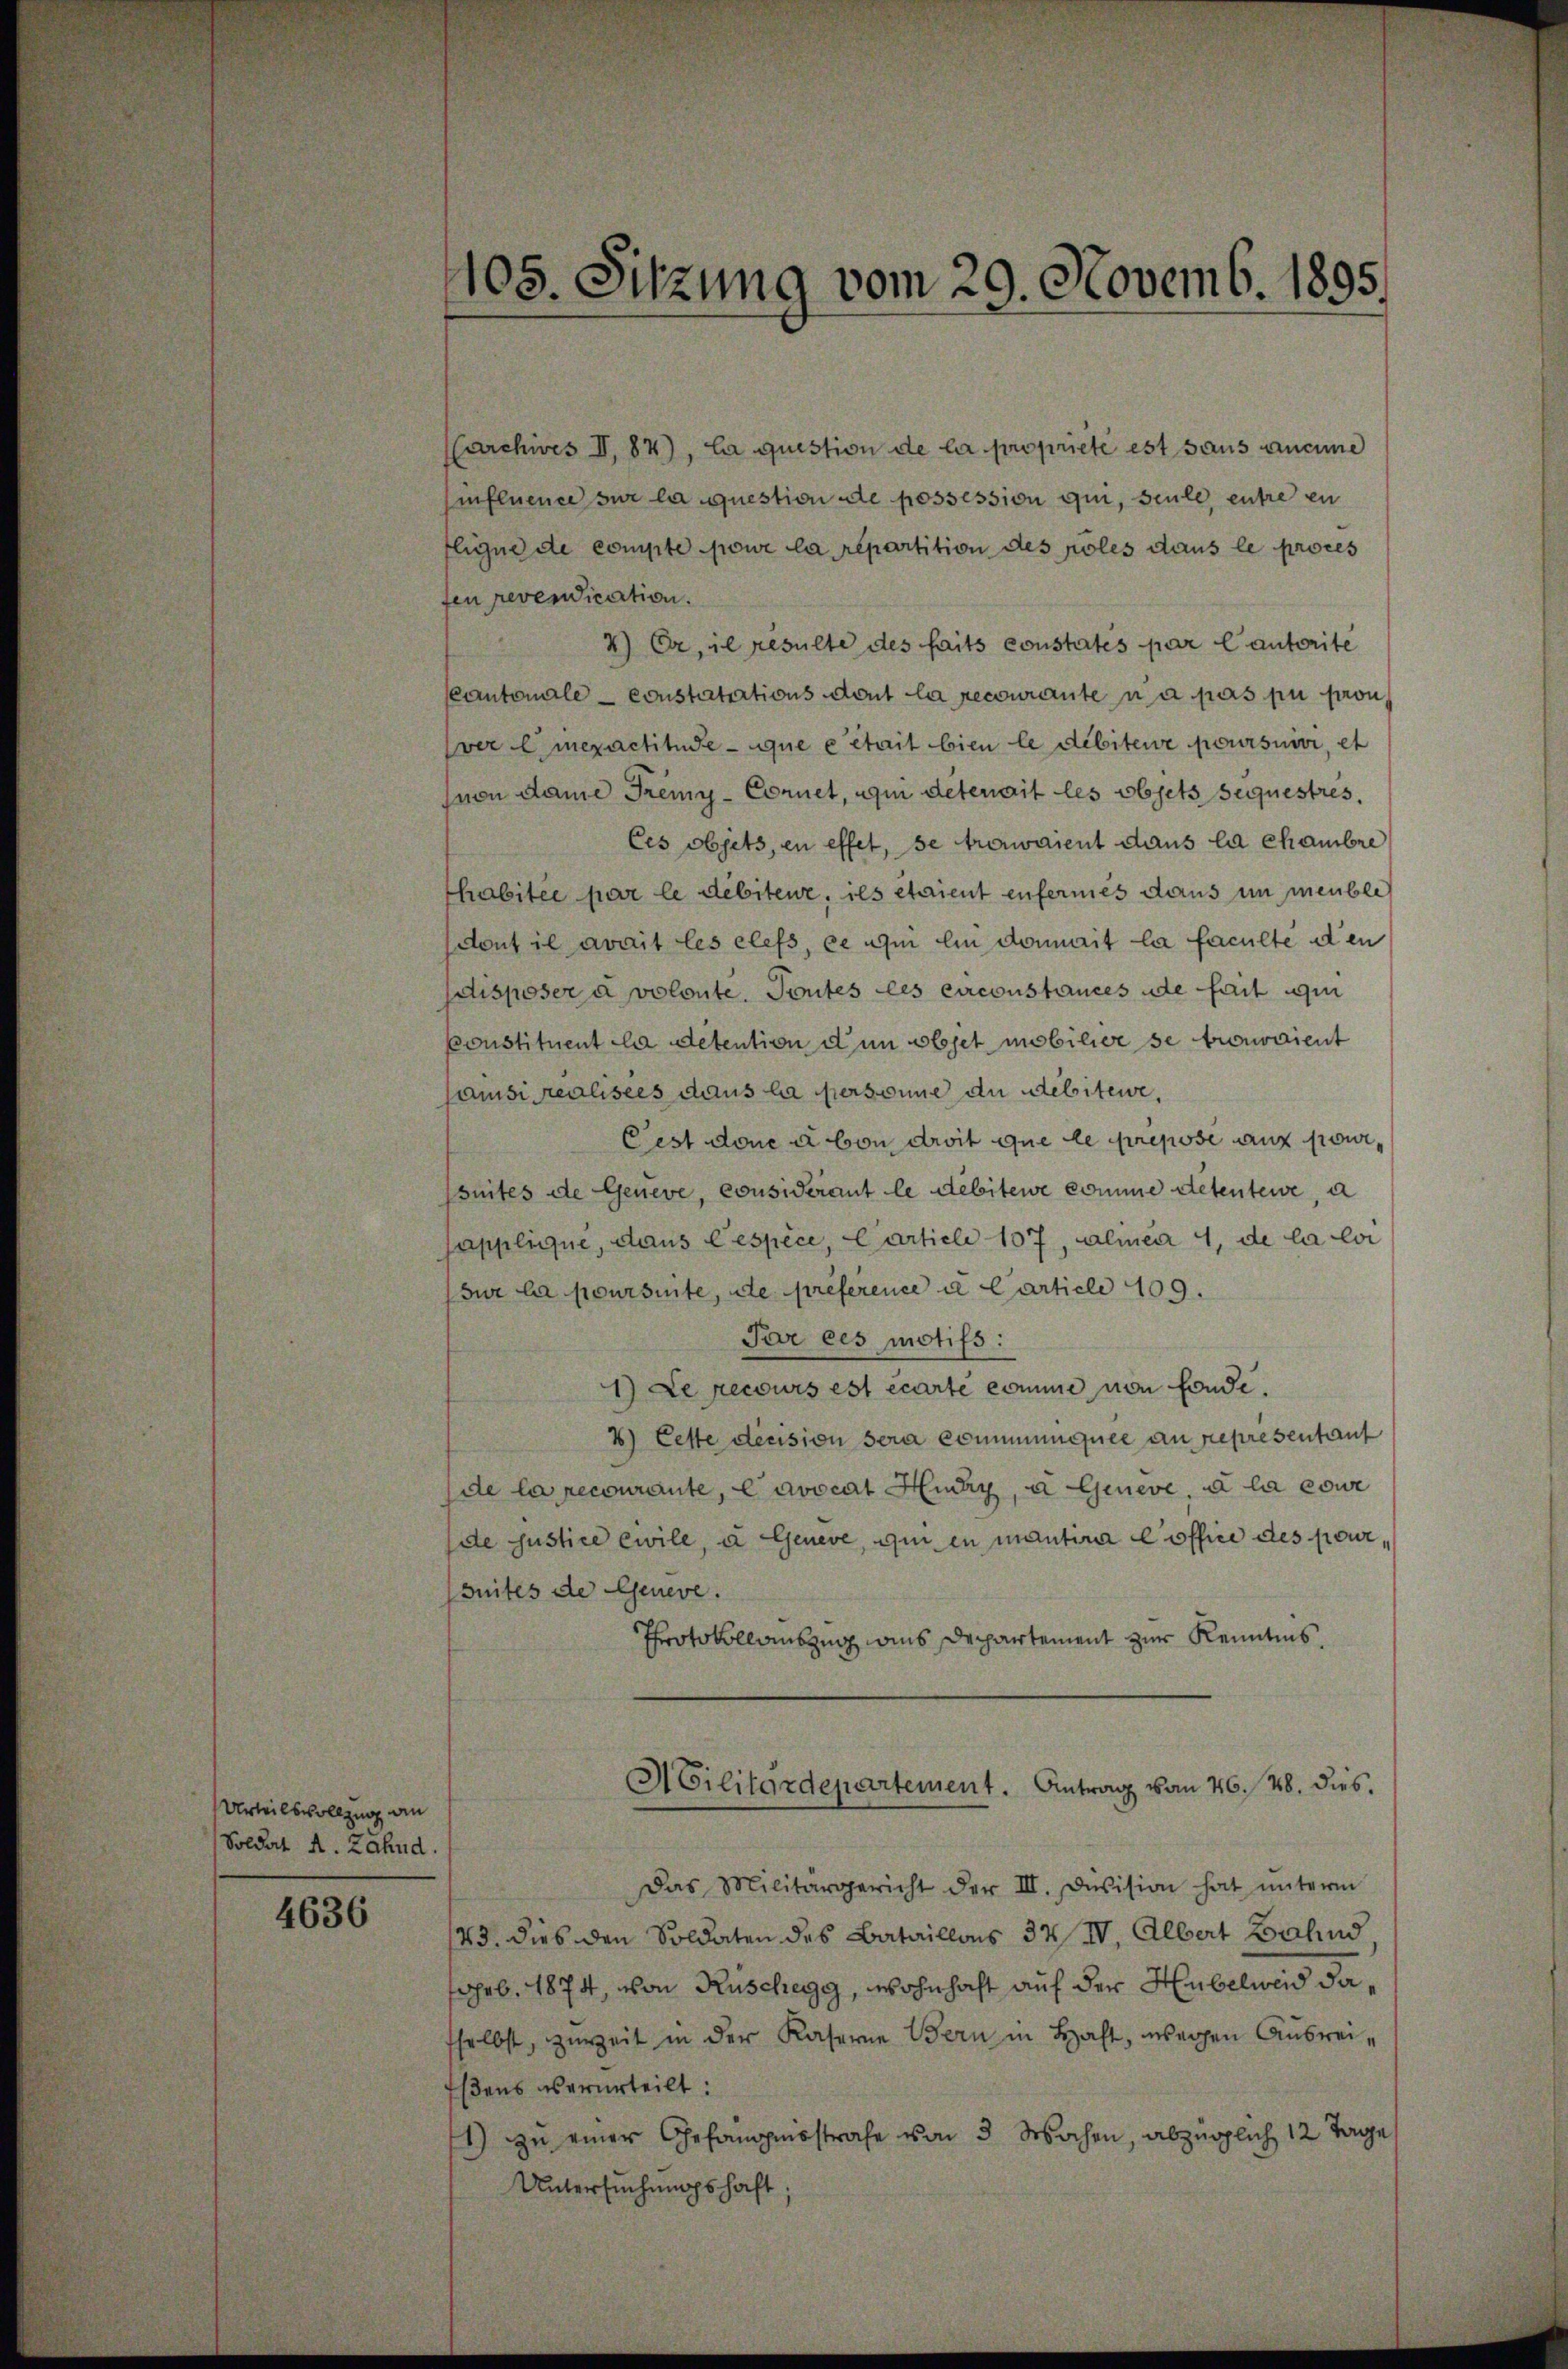
Urteilsvollzug an
Soldat A. Zahnd.

4636

105. Sitzung vom 29. Novemb. 1895.

CCarchives II, 84), la question de la proprieté est sans aucune
influence sur la question de possession qui, seule, entre en
fligne de compte pour la repartition des pöles dans le proces
fen revendication.
4) Er, il resulte des faits constatés par lautorite
Cantonale - constatutions dont la recouranten a pas pu pron
ver Emexactitude que cetait bien le debiteur poursuivi, et
von dame Tremy-Cornet, qui deterait les objets sequestres,
Ces objets, en effet, se trerwaient dans la chambre
habitée par le débiteur, ils étaient enfermes dans in meuble
dont il avait les elefs, ce dei bin damit la faculte den
disposer a volonte. Toutes des circonstances de fait qui
ponstituent la detention dem objet mobilier se trouvaient
saisi realisées dans la personne an debitewe,
Cest done u von droit que le prepose auf sowi
suites de Geneve, considerant le debitere komme detenteie, a
japplique, dans lespèce, Carticle 107, alinea 4, de la loi
sur la poursinte, de preference a Carticle 109.
Par ces motifs:
1) Le recours est écarte comme von fonde.
2) Cette decision sera communquee an representant
de la recourante, e avocat Hina, u Gineve, u la cour
de justice ewile, a Geneve, qui en mantira Coffice des poursuites de Geneve.
Protokollauszug aus Departement zur Kenntnis.
ACilitärdepartement. Antrag von 46. 48. dies,
Das Militärgericht der III. Division hat ŭnterm
43, dies den Soldaten des Bataillons 34 IV. Albert Balind
geb. 1874, von Rüschegg, wohnhaft auf der Hubelweid dasselbst, zureit in der Kaserne Bern in Haft, wegen Ausrei¬
Esens verurteilt:
1) zu einer Gefängnisstrafe von 3 Wochen, abzüglich 12 Tage
Untersuchungshaft